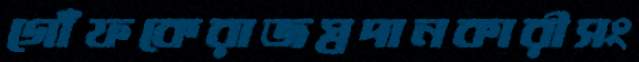
গোঁফকেরাজস্বদানকারীসং